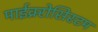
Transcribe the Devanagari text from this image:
माईक्र्रोसिस्टम